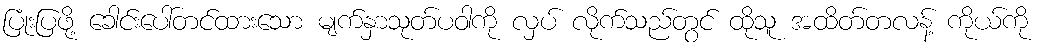
ပြုံးပြဖို့ ခေါင်းပေါ်တင်ထားသော မျက်နှာသုတ်ပဝါကို လှပ် လိုက်သည်တွင် ထိုသူ အထိတ်တလန့် ကိုယ်ကို